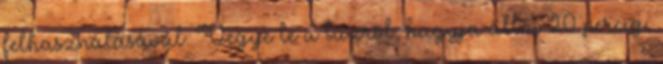
felhasználásával. Vegye le a tűzről, hagyja állni 20 percig,